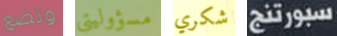
وتضع مسؤوليتي شكري سبورتنج